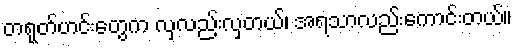
တရုတ်ဟင်းတွေက လှလည်းလှတယ်၊ အရသာလည်းကောင်းတယ်။